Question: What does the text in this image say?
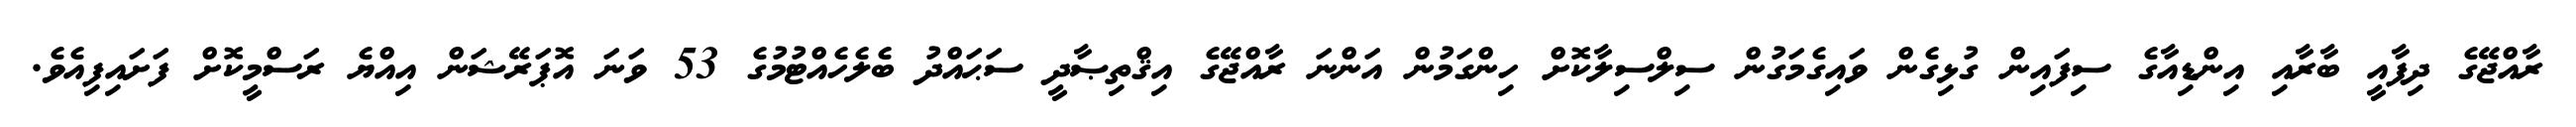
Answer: ރާއްޖޭގެ ދިފާއީ ބާރާއި އިންޑިއާގެ ސިފައިން ގުޅިގެން ވައިގެމަގުން ސިލްސިލާކޮށް ހިންގަމުން އަންނަ ރާއްޖޭގެ އިޤްތިޞާދީ ސަޙައްދު ބެލެހެއްޓުމުގެ 53 ވަނަ އޮޕަރޭޝަން އިއްޔެ ރަސްމީކޮށް ފަށައިފިއެވެ.